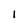
Character: 1